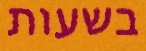
בשעות